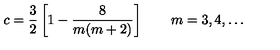
c = \frac { 3 } { 2 } \left[ 1 - \frac { 8 } { m ( m + 2 ) } \right] \qquad m = 3 , 4 , \ldots